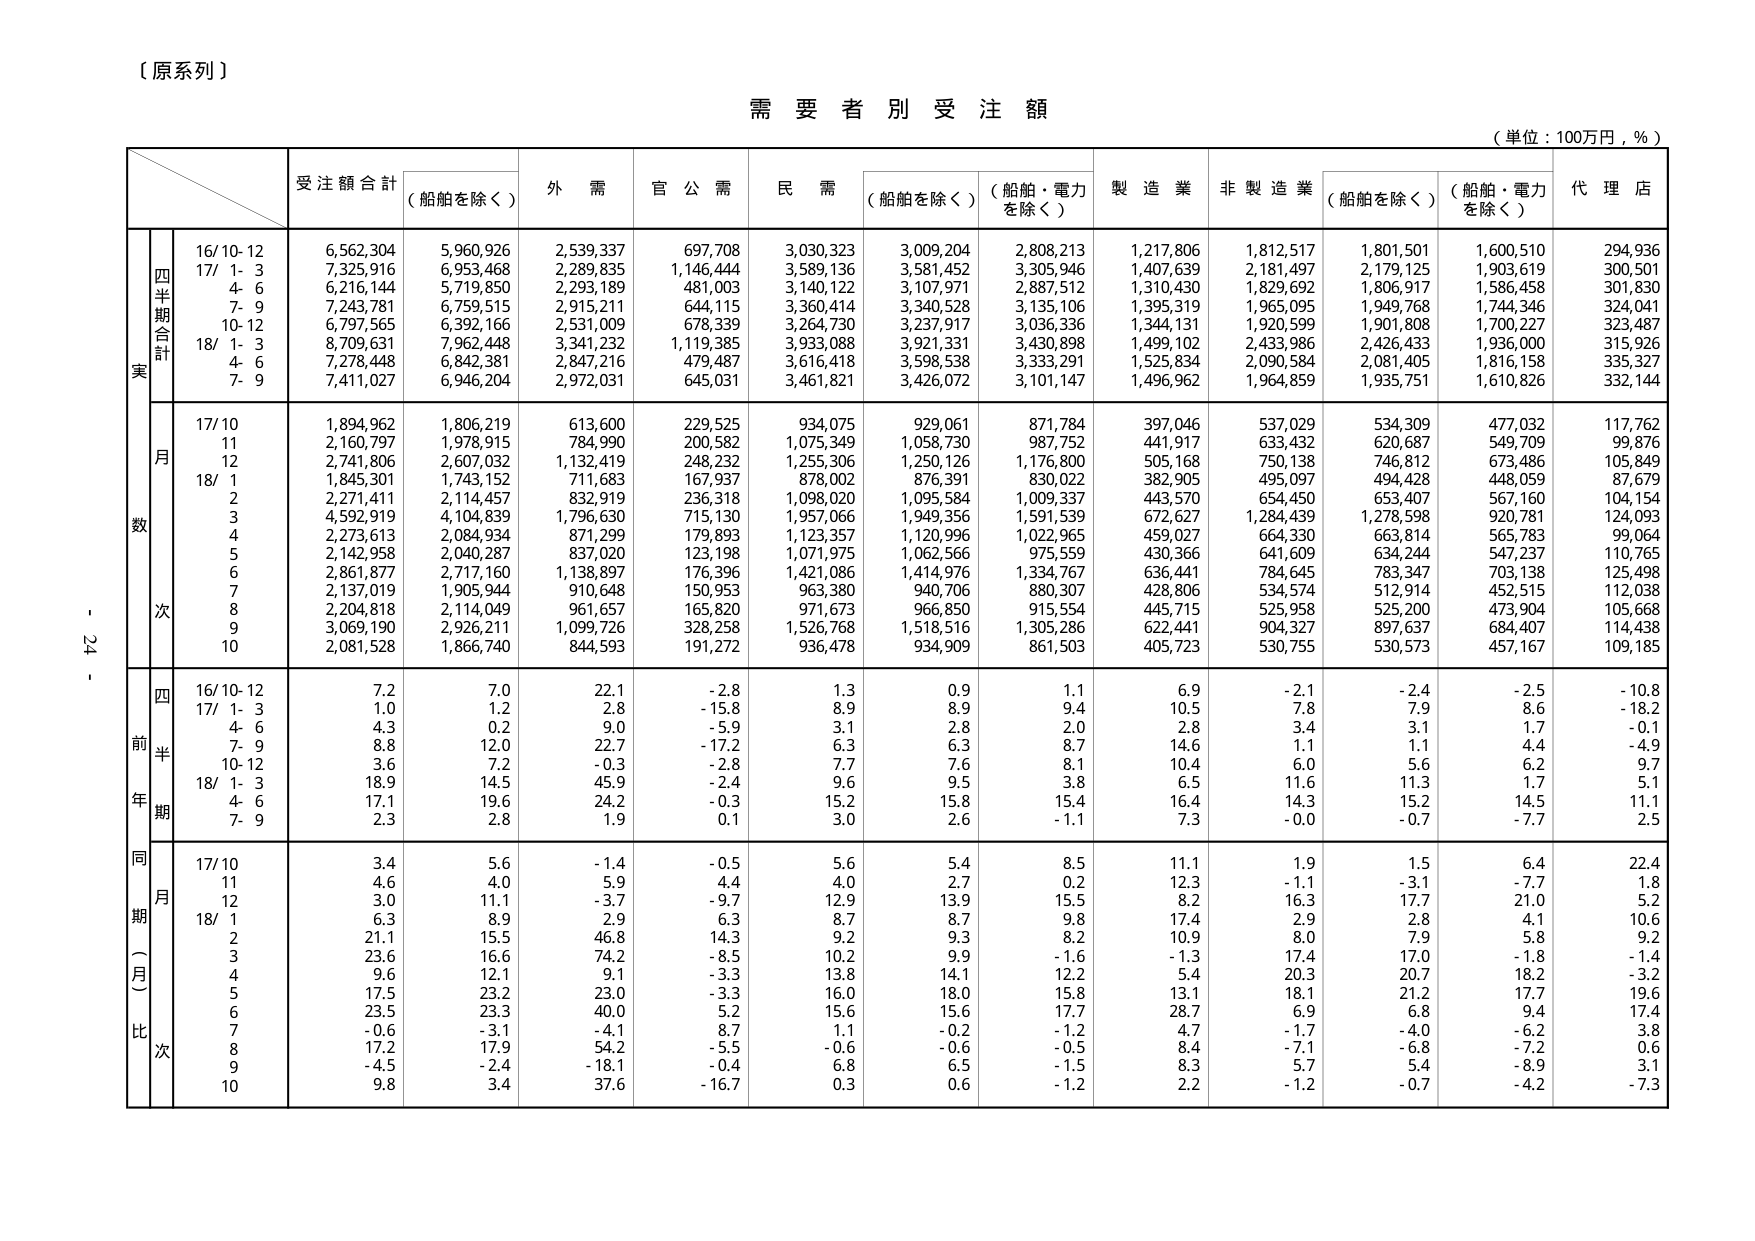
〔原系列〕

需要者別受注額

（単位：100万円，％）

受注額合計 （船舶を除く）
外需
官公需
民需 （船舶を除く） （船舶・電力を除く）
製造業
非製造業 （船舶を除く） （船舶・電力を除く）
代理店

四半期合計
実
16/10-12
6,562,304
5,960,926
2,539,337
697,708
3,030,323
3,009,204
2,808,213
1,217,806
1,812,517
1,801,501
1,600,510
294,936
17/ 1- 3
7,325,916
6,953,468
2,289,835
1,146,444
3,589,136
3,581,452
3,305,946
1,407,639
2,181,497
2,179,125
1,903,619
300,501
4- 6
6,216,144
5,719,850
2,293,189
481,003
3,140,122
3,107,971
2,887,512
1,310,430
1,829,692
1,806,917
1,586,458
301,830
7- 9
7,243,781
6,759,515
2,915,211
644,115
3,360,414
3,340,528
3,135,106
1,395,319
1,965,095
1,949,768
1,744,346
324,041
10-12
6,797,565
6,392,166
2,531,009
678,339
3,264,730
3,237,917
3,036,336
1,344,131
1,920,599
1,901,808
1,700,227
323,487
18/ 1- 3
8,709,631
7,962,448
3,341,232
1,119,385
3,933,088
3,921,331
3,430,898
1,499,102
2,433,986
2,426,433
1,936,000
315,926
4- 6
7,278,448
6,842,381
2,847,216
479,487
3,616,418
3,598,538
3,333,291
1,525,834
2,090,584
2,081,405
1,816,158
335,327
7- 9
7,411,027
6,946,204
2,972,031
645,031
3,461,821
3,426,072
3,101,147
1,496,962
1,964,859
1,935,751
1,610,826
332,144

月数
17/10
1,894,962
1,806,219
613,600
229,525
934,075
929,061
871,784
397,046
537,029
534,309
477,032
117,762
11
2,160,797
1,978,915
784,990
200,582
1,075,349
1,058,730
987,752
441,917
633,432
620,687
549,709
99,876
12
2,741,806
2,607,032
1,132,419
248,232
1,255,306
1,250,126
1,176,800
505,168
750,138
746,812
673,486
105,849
18/ 1
1,845,301
1,743,152
711,683
167,937
878,002
876,391
830,022
382,905
495,097
494,428
448,059
87,679
2
2,271,411
2,114,457
832,919
236,318
1,098,020
1,095,584
1,009,337
443,570
654,450
653,407
567,160
104,154
3
4,592,919
4,104,839
1,796,630
715,130
1,957,066
1,949,356
1,591,539
672,627
1,284,439
1,278,598
920,781
124,093
4
2,273,613
2,084,934
871,299
179,893
1,123,357
1,120,996
1,022,965
459,027
664,330
663,814
565,783
99,064
5
2,142,958
2,040,287
837,020
123,198
1,071,975
1,062,566
975,559
430,366
641,609
634,244
547,237
110,765
6
2,861,877
2,717,160
1,138,897
176,396
1,421,086
1,414,976
1,334,767
636,441
784,645
783,347
703,138
125,498
7
2,137,019
1,905,944
910,648
150,953
963,380
940,706
880,307
428,806
534,574
512,914
452,515
112,038
8
2,204,818
2,114,049
961,657
165,820
971,673
966,850
915,554
445,715
525,958
525,200
473,904
105,668
9
3,069,190
2,926,211
1,099,726
328,258
1,526,768
1,518,516
1,305,286
622,441
904,327
897,637
684,407
114,438
10
2,081,528
1,866,740
844,593
191,272
936,478
934,909
861,503
405,723
530,755
530,573
457,167
109,185

四
前半
年期
16/10-12
7.2
7.0
22.1
-2.8
1.3
0.9
1.1
6.9
-2.1
-2.4
-2.5
-10.8
17/ 1- 3
1.0
1.2
2.8
-15.8
8.9
8.9
9.4
10.5
7.8
7.9
8.6
-18.2
4- 6
4.3
0.2
9.0
-5.9
3.1
2.8
2.0
2.8
3.4
3.1
1.7
-0.1
7- 9
8.8
12.0
22.7
-17.2
6.3
6.3
8.7
14.6
1.1
1.1
4.4
-4.9
10-12
3.6
7.2
-0.3
-2.8
7.7
7.6
8.1
10.4
6.0
5.6
6.2
9.7
18/ 1- 3
18.9
14.5
45.9
-2.4
9.6
9.5
3.8
6.5
11.6
11.3
1.7
5.1
4- 6
17.1
19.6
24.2
-0.3
15.2
15.8
15.4
16.4
14.3
15.2
14.5
11.1
7- 9
2.3
2.8
1.9
0.1
3.0
2.6
-1.1
7.3
-0.0
-0.7
-7.7
2.5

同期（月）比
次
17/10
3.4
5.6
-1.4
-0.5
5.6
5.4
8.5
11.1
1.9
1.5
6.4
22.4
11
4.6
4.0
5.9
4.4
4.0
2.7
0.2
12.3
-1.1
-3.1
-7.7
1.8
12
3.0
11.1
-3.7
-9.7
12.9
13.9
15.5
8.2
16.3
17.7
21.0
5.2
18/ 1
6.3
8.9
2.9
6.3
8.7
8.7
9.8
17.4
2.9
2.8
4.1
10.6
2
21.1
15.5
46.8
14.3
9.2
9.3
8.2
10.9
8.0
7.9
5.8
9.2
3
23.6
16.6
74.2
-8.5
10.2
9.9
-1.6
-1.3
17.4
17.0
-1.8
-1.4
4
9.6
12.1
9.1
-3.3
13.8
14.1
12.2
5.4
20.3
20.7
18.2
-3.2
5
17.5
23.2
23.0
-3.3
16.0
18.0
15.8
13.1
18.1
21.2
17.7
19.6
6
23.5
23.3
40.0
5.2
15.6
15.6
17.7
28.7
6.9
6.8
9.4
17.4
7
-0.6
-3.1
-4.1
8.7
1.1
-0.2
-1.2
4.7
-1.7
-4.0
-6.2
3.8
8
17.2
17.9
54.2
-5.5
-0.6
-0.6
-0.5
8.4
-7.1
-6.8
-7.2
0.6
9
-4.5
-2.4
-18.1
-0.4
6.8
6.5
-1.5
8.3
5.7
5.4
-8.9
3.1
10
9.8
3.4
37.6
-16.7
0.3
0.6
-1.2
2.2
-1.2
-0.7
-4.2
-7.3

- 24 -